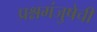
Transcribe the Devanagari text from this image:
प्रश्नमंजुषेची